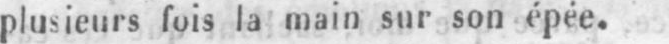
plusieurs fois la main sur son épée.